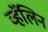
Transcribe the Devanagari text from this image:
व्हॅलिन